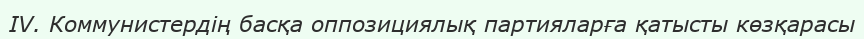
IV. Коммунистердің басқа оппозициялық партияларға қатысты көзқарасы